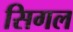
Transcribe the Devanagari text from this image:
सिगल